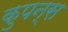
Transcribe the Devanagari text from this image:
कुपन्स